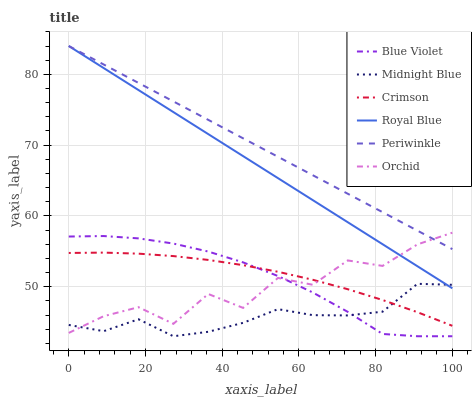
| xaxis_label | Blue Violet | Midnight Blue | Crimson | Royal Blue | Periwinkle | Orchid |
 | --- | --- | --- | --- | --- | --- | --- |
 | 0 | 57.1 | 44.6 | 54.8 | 84 | 84 | 43.5 |
 | 9.09 | 57.2 | 43.7 | 54.8 | 80.9 | 81.4 | 45.8 |
 | 18.2 | 56.8 | 45.4 | 54.7 | 77.8 | 78.8 | 47.1 |
 | 27.3 | 56.1 | 43 | 54.3 | 74.7 | 76.2 | 44.8 |
 | 36.4 | 55 | 43.6 | 53.8 | 71.6 | 73.6 | 49 |
 | 45.5 | 53.4 | 44.9 | 53 | 68.4 | 71 | 47 |
 | 54.5 | 51.5 | 46.8 | 52.1 | 65.3 | 68.4 | 51.2 |
 | 63.6 | 49.2 | 46 | 51 | 62.2 | 65.7 | 50.3 |
 | 72.7 | 46.5 | 45.9 | 49.6 | 59.1 | 63.1 | 53.7 |
 | 81.8 | 43.3 | 46.5 | 48.1 | 56 | 60.5 | 52.9 |
 | 90.9 | 43 | 50.4 | 46.4 | 52.9 | 57.9 | 56 |
 | 100 | 43 | 50.3 | 44.5 | 49.8 | 55.3 | 57.6 |